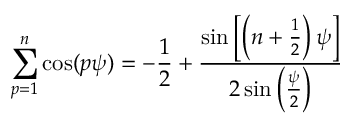
\sum _ { p = 1 } ^ { n } \cos ( p \psi ) = - \frac { 1 } { 2 } + \frac { \sin \left[ \left( n + \frac { 1 } { 2 } \right) \psi \right] } { 2 \sin \left( \frac { \psi } { 2 } \right) }